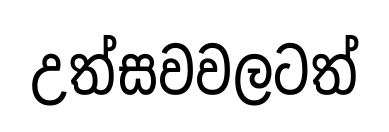
උත්සවවලටත්